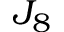
J _ { 8 }